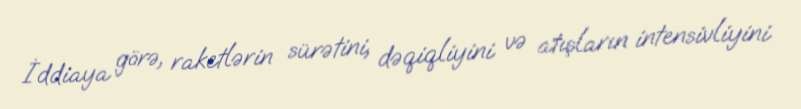
İddiaya görə, raketlərin sürətini, dəqiqliyini və atışların intensivliyini